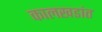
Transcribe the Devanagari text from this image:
कालखडांत